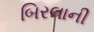
બિરલાની